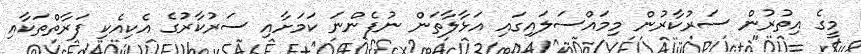
މީގެ އިތުރުން ސަރުކާރުން މިމައްސަލައިގައި އަޅާލާތަން ނުފެންނަ ކަމަށާއި ސަރުކާރުގެ އެކިއެކި ފަރާތްތަކާއި